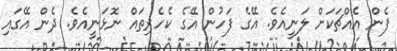
ފެން އެއްޗަކަށް ލަނީއެވެ. އޭގެ ފަހުން އޭގެ ކެހެރިތައް ނޮޅަނީއެވެ. ދެން އޭގައި